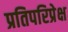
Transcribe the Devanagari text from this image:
प्रतिपरिप्रेक्ष